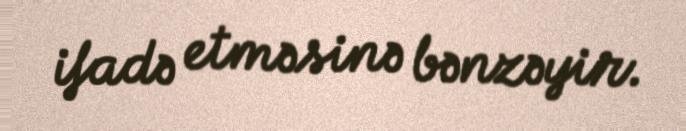
ifadə etməsinə bənzəyir.